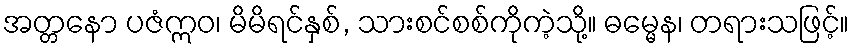
အတ္တနော ပဇံဣဝ၊ မိမိရင်နှစ်, သားစင်စစ်ကိုကဲ့သို့။ ဓမ္မေန၊ တရားသဖြင့်။